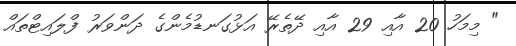
" މިމަހު 20 އާއި 29 އާއި ދޭތެރޭ އަޅުގަނޑުމެންގެ ދަންވަރު ފްލައިޓްތައް